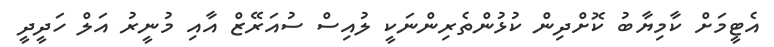
އެޓީމަށް ކާމިޔާބު ކޮށްދިން ކުޅުންތެރިންނަކީ ލުއިސް ސުއަރޭޒް އާއި މުނީރު އަލް ހަދީދީ